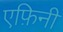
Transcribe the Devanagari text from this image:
एफ़िनी